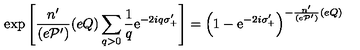
\exp \left[ \frac { n ^ { \prime } } { ( e { \cal P } ^ { \prime } ) } ( e Q ) \sum _ { q > 0 } \frac { 1 } { q } \mathrm { e } ^ { - 2 i q \sigma _ { + } ^ { \prime } } \right] = \left( 1 - \mathrm { e } ^ { - 2 i \sigma _ { + } ^ { \prime } } \right) ^ { - \frac { n ^ { \prime } } { ( e { \cal P } ^ { \prime } ) } ( e Q ) }